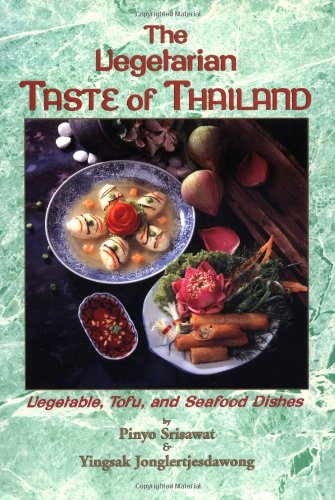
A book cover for The Vegetarian Taste of Thailand: Vegetable, Tofu and Seafood Dishes (Vegetable, Tofu & Seafood Dishes from Cha Am Restaurant); Srisawat & Jonglertjesdawong; Cookbooks, Food & Wine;